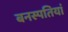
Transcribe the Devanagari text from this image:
बनस्पतियां